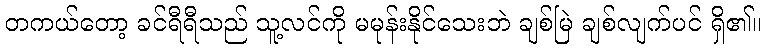
တကယ်တော့ ခင်ရီရီသည် သူ့လင်ကို မမုန်းနိုင်သေးဘဲ ချစ်မြဲ ချစ်လျက်ပင် ရှိ၏။